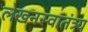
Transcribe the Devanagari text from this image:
लेखनस्वातंत्र्य